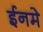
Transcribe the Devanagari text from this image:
ईनमे